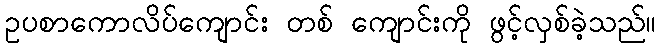
ဥပစာကောလိပ်ကျောင်း တစ် ကျောင်းကို ဖွင့်လှစ်ခဲ့သည်။